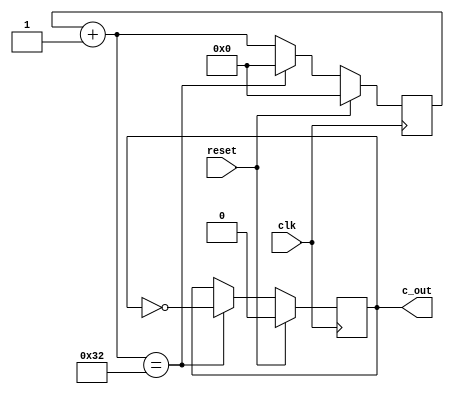
module counter_100bit (reset, clk, c_out);

input reset, clk;
output c_out;

reg [5:0]count = 6'b000000;
reg q = 1'b0;
assign c_out = q;

always@(posedge clk) begin
    if(reset) begin
        count <= 6'b000000;
        q <= 1'b0;
        end
    else begin
        count = count + 1;
        if(count == 6'b110010) begin
            q <= ~q;
            count <= 6'b000000;
        end
    end
end

endmodule